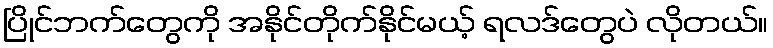
ပြိုင်ဘက်တွေကို အနိုင်တိုက်နိုင်မယ့် ရလဒ်တွေပဲ လိုတယ်။